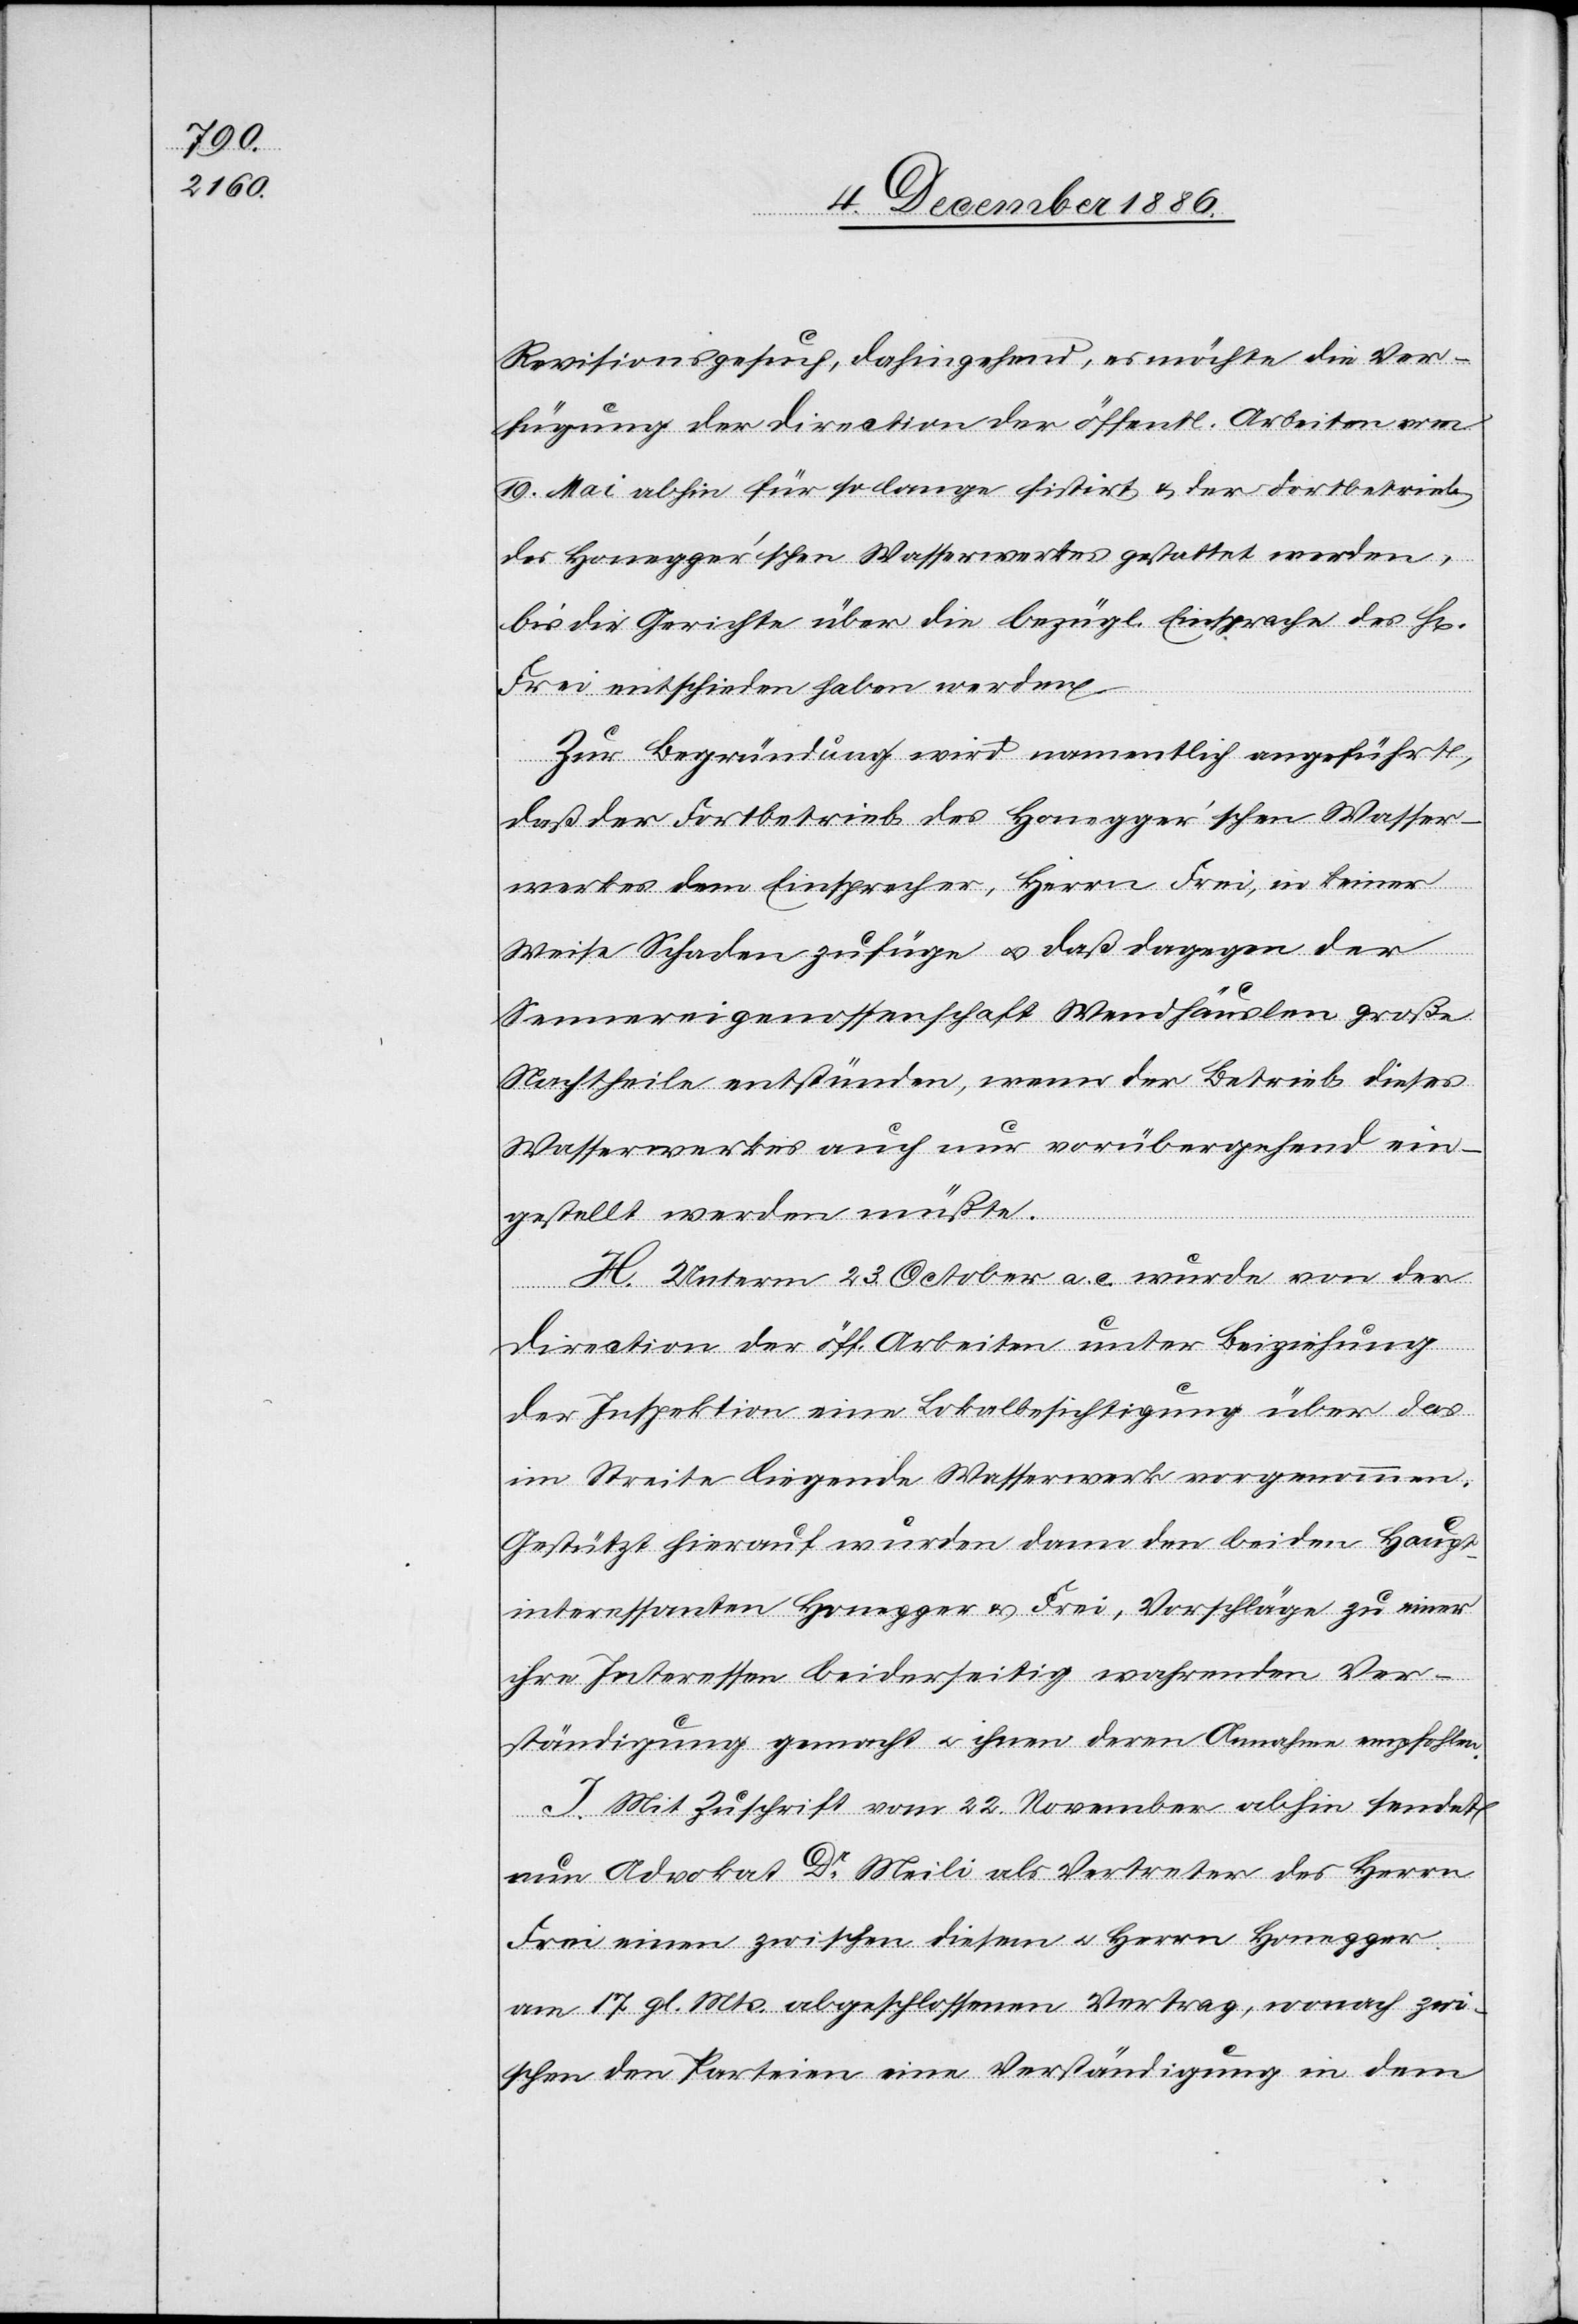
Revisionsgesuch, dahingehend, es möchte die Ver¬
fügung der Direction der öffentl. Arbeiten vom
19. Mai abhin für so lange sistirt & der Fortbetrieb
des Honegger’schen Wasserwerkes gestattet werden,
bis die Gerichte über die bezügl. Einsprache des H[errn]
Frei entschieden haben werden.
Zur Begründung wird namentlich angeführt,
daß der Fortbetrieb des Honegger’schen Wasser¬
werkes dem Einsprecher, Herrn Frei, in keiner
Weise Schaden zufüge & daß dagegen der
Sennereigenossenschaft Wendhäuslen große
Nachtheile entstünden, wenn der Betrieb dieses
Wasserwerkes auch nur vorübergehend ein¬
gestellt werden müßte.
H. Unterm 23. October a. c. wurde von der
Direction der öff. Arbeiten unter Beiziehung
der Inspektion eine Lokalbesichtigung über das
im Streite liegende Wasserwerk vorgenommen.
Gestützt hierauf wurden dann den beiden Haupt¬
interessanten [sic!] Honegger & Frei, Vorschläge zu einer
ihre Interessen beiderseitig wahrenden Ver¬
ständigung gemacht & ihnen deren Annahme empfohlen.
I. Mit Zuschrift vom 22. November abhin sendet
nun Advokat Dr Meili als Vertreter des Herrn
Frei einen zwischen diesen & Herrn Honegger
am 17. gl. Mts. abgeschlossenen Vertrag, wonach zwi¬
schen den Parteien eine Verständigung in dem